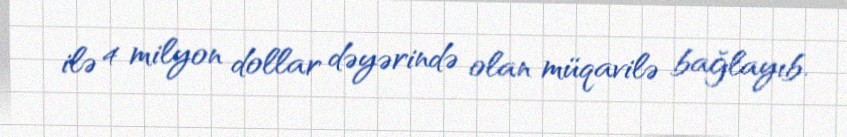
ilə 4 milyon dollar dəyərində olan müqavilə bağlayıb.